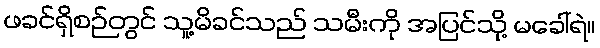
ဖခင်ရှိစဉ်တွင် သူ့မိခင်သည် သမီးကို အပြင်သို့ မခေါ်ရဲ။